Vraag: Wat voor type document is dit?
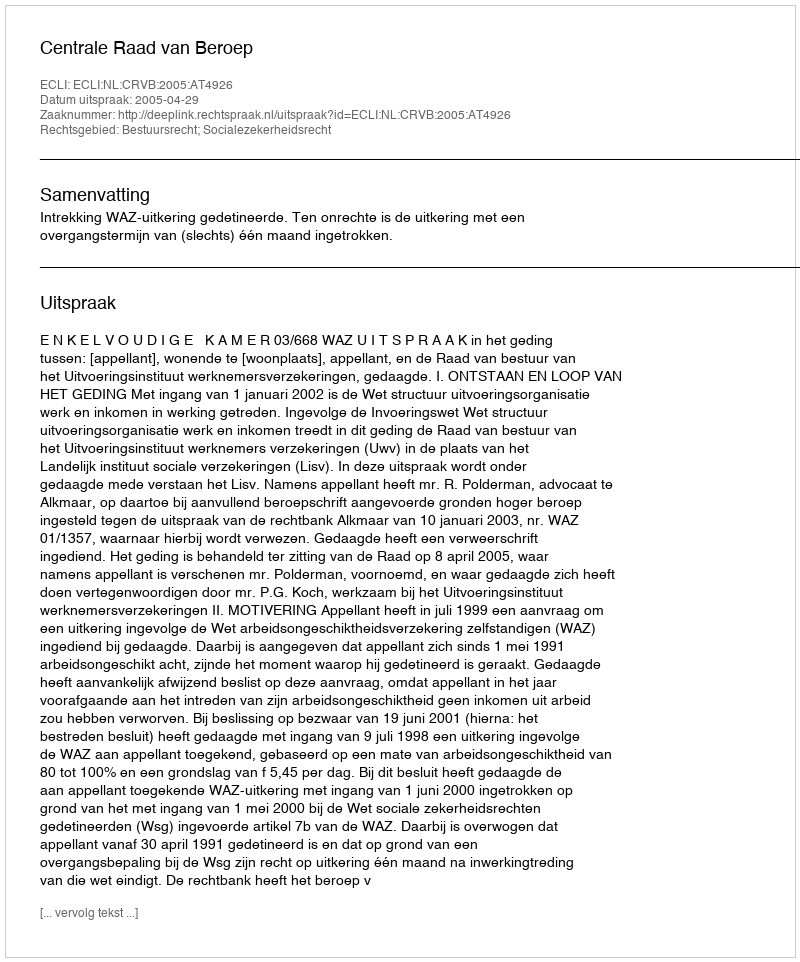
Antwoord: Uitspraak